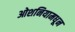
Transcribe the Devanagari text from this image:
ओशनियामधून